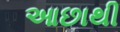
આછાથી